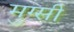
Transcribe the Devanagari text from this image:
मुग्सी